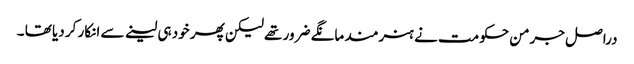
دراصل جرمن حکومت نے ہنرمند مانگے ضرور تھے لیکن پھر خود ہی لینے سے انکار کر دیا تھا ۔